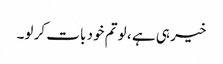
خیر ہی ہے ، لو تم خود بات کر لو۔